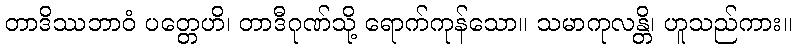
တာဒိဿဘာဝံ ပတ္တေဟိ၊ တာဒီဂုဏ်သို့ ရောက်ကုန်သော။ သမာကုလန္တိ၊ ဟူသည်ကား။